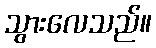
သွားလေသည်။